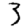
Digit: 3